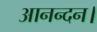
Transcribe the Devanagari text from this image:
आनन्दन।